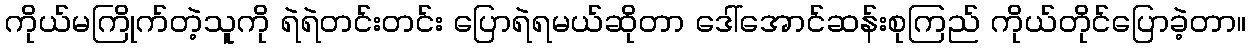
ကိုယ်မကြိုက်တဲ့သူကို ရဲရဲတင်းတင်း ပြောရဲရမယ်ဆိုတာ ဒေါ်အောင်ဆန်းစုကြည် ကိုယ်တိုင်ပြောခဲ့တာ။